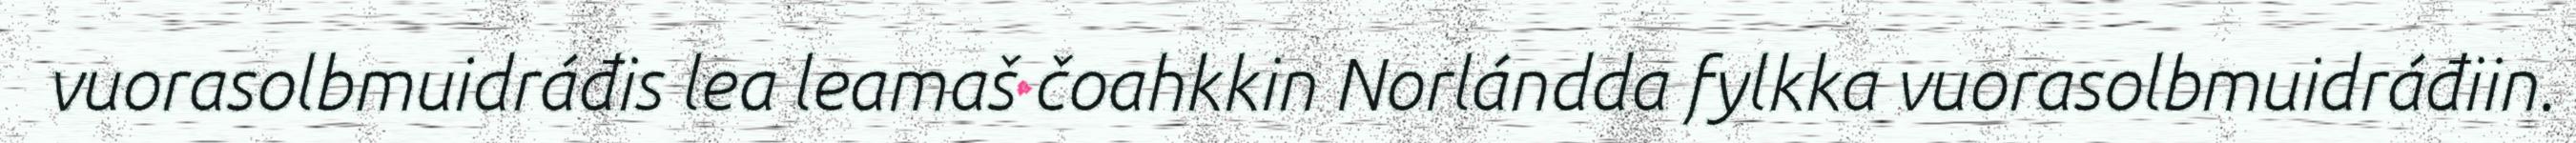
vuorasolbmuidráđis lea leamaš čoahkkin Norlándda fylkka vuorasolbmuidráđiin.